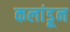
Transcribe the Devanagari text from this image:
कलांडून